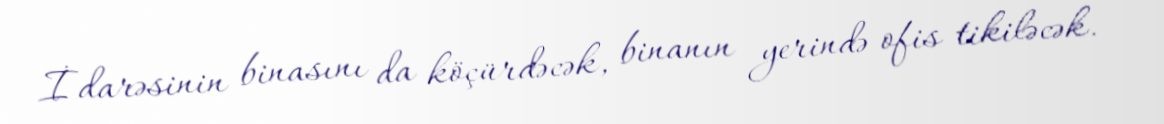
İdarəsinin binasını da köçürdəcək, binanın yerində ofis tikiləcək.